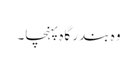
وہ بندر گاہ پہنچا۔